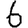
Digit: 6